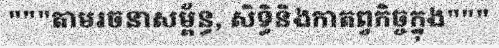
"""តាមរចនាសម្ព័ន្ធ, សិទ្ធិនិងកាតព្វកិច្ចក្នុង"""